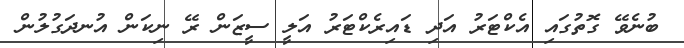
ބުނެވޭ ގޮތުގައި އެކްޓަރު އަދި ޑައިރެކްޓަރު އަލީ ސީޒަން ރޭ ނިކަން އުނދަގުލުން